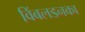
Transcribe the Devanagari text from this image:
विंबलडनका